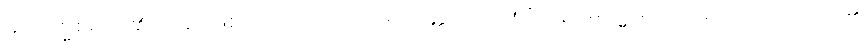
မဂ္ဂဗြဟ္မစရိယ၏ အဆုံးဖြစ်သော။ တံ၊ ထိုအရဟတ္တဖိုလ်ကို။ ဒိဋ္ဌေဝ ဓမ္မေ၊ မျက်မှောက်သောကိုယ်၏